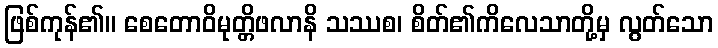
ဖြစ်ကုန်၏။ စေတောဝိမုတ္တိဖလာနိ သဿစ၊ စိတ်၏ကိလေသာတို့မှ လွတ်သော